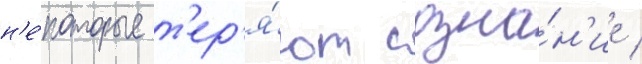
н'е́которые т'ер'я́ют созна́н'ие /